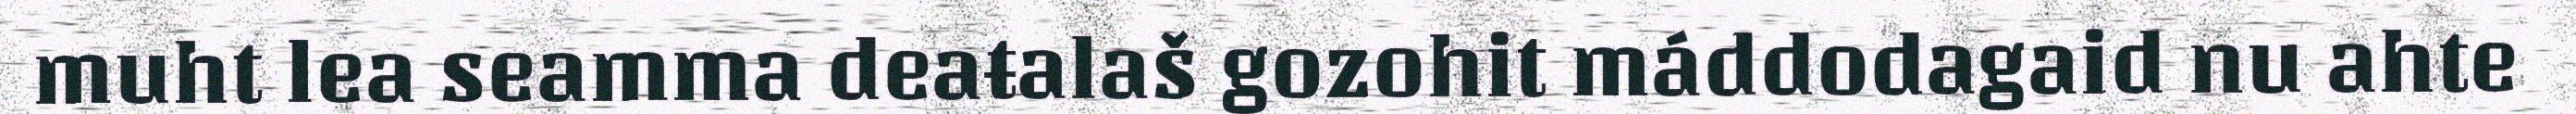
muht lea seamma deaŧalaš gozohit máddodagaid nu ahte